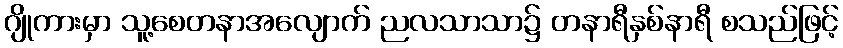
ဂျိုကားမှာ သူ့စေတနာအလျောက် ညလသာသာ၌ တနာရီနှစ်နာရီ စသည်ဖြင့်